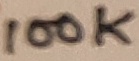
Text: 100K